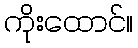
ကိုးထောင်။